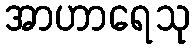
အာဟာရေသု